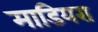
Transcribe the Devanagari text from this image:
माडियरा